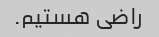
راضی هستیم.